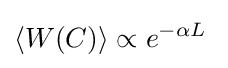
\langle W(C)\rangle \propto e^{-\alpha L}\;